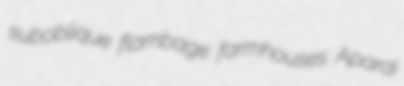
suboblique flambage farmhouses Aparai